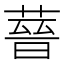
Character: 𦵻